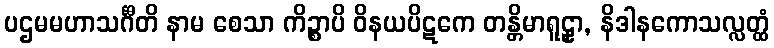
ပဌမမဟာသင်္ဂီတိ နာမ စေသာ ကိဉ္စာပိ ဝိနယပိဋကေ တန္တိမာရူဠှာ, နိဒါနကောသလ္လတ္ထံ